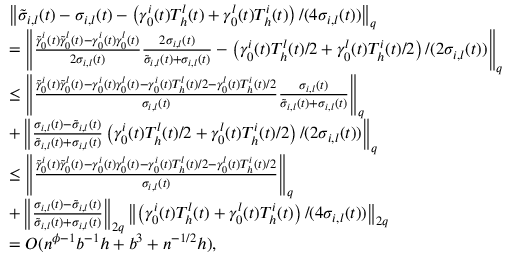
\begin{array} { r l } & { \left\| \tilde { \sigma } _ { i , l } ( t ) - \sigma _ { i , l } ( t ) - \left( \gamma _ { 0 } ^ { i } ( t ) T _ { h } ^ { l } ( t ) + \gamma _ { 0 } ^ { l } ( t ) T _ { h } ^ { i } ( t ) \right) / ( 4 \sigma _ { i , l } ( t ) ) \right\| _ { q } } \\ & { = \left\| \frac { \tilde { \gamma } _ { 0 } ^ { i } ( t ) \tilde { \gamma } _ { 0 } ^ { l } ( t ) - \gamma _ { 0 } ^ { i } ( t ) \gamma _ { 0 } ^ { l } ( t ) } { 2 \sigma _ { i , l } ( t ) } \frac { 2 \sigma _ { i , l } ( t ) } { \tilde { \sigma } _ { i , l } ( t ) + \sigma _ { i , l } ( t ) } - \left( \gamma _ { 0 } ^ { i } ( t ) T _ { h } ^ { l } ( t ) / 2 + \gamma _ { 0 } ^ { l } ( t ) T _ { h } ^ { i } ( t ) / 2 \right) / ( 2 \sigma _ { i , l } ( t ) ) \right\| _ { q } } \\ & { \leq \left\| \frac { \tilde { \gamma } _ { 0 } ^ { i } ( t ) \tilde { \gamma } _ { 0 } ^ { l } ( t ) - \gamma _ { 0 } ^ { i } ( t ) \gamma _ { 0 } ^ { l } ( t ) - \gamma _ { 0 } ^ { i } ( t ) T _ { h } ^ { l } ( t ) / 2 - \gamma _ { 0 } ^ { l } ( t ) T _ { h } ^ { i } ( t ) / 2 } { \sigma _ { i , l } ( t ) } \frac { \sigma _ { i , l } ( t ) } { \tilde { \sigma } _ { i , l } ( t ) + \sigma _ { i , l } ( t ) } \right\| _ { q } } \\ & { + \left\| \frac { \sigma _ { i , l } ( t ) - \tilde { \sigma } _ { i , l } ( t ) } { \tilde { \sigma } _ { i , l } ( t ) + \sigma _ { i , l } ( t ) } \left( \gamma _ { 0 } ^ { i } ( t ) T _ { h } ^ { l } ( t ) / 2 + \gamma _ { 0 } ^ { l } ( t ) T _ { h } ^ { i } ( t ) / 2 \right) / ( 2 \sigma _ { i , l } ( t ) ) \right\| _ { q } } \\ & { \leq \left\| \frac { \tilde { \gamma } _ { 0 } ^ { i } ( t ) \tilde { \gamma } _ { 0 } ^ { l } ( t ) - \gamma _ { 0 } ^ { i } ( t ) \gamma _ { 0 } ^ { l } ( t ) - \gamma _ { 0 } ^ { i } ( t ) T _ { h } ^ { l } ( t ) / 2 - \gamma _ { 0 } ^ { l } ( t ) T _ { h } ^ { i } ( t ) / 2 } { \sigma _ { i , l } ( t ) } \right\| _ { q } } \\ & { + \left\| \frac { \sigma _ { i , l } ( t ) - \tilde { \sigma } _ { i , l } ( t ) } { \tilde { \sigma } _ { i , l } ( t ) + \sigma _ { i , l } ( t ) } \right\| _ { 2 q } \left\| \left( \gamma _ { 0 } ^ { i } ( t ) T _ { h } ^ { l } ( t ) + \gamma _ { 0 } ^ { l } ( t ) T _ { h } ^ { i } ( t ) \right) / ( 4 \sigma _ { i , l } ( t ) ) \right\| _ { 2 q } } \\ & { = O ( n ^ { \phi - 1 } b ^ { - 1 } h + b ^ { 3 } + n ^ { - 1 / 2 } h ) , } \end{array}